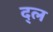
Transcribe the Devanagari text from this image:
द्ल